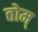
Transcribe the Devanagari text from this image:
तोम्